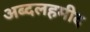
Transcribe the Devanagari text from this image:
अब्दलहमीद